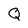
Character: Q